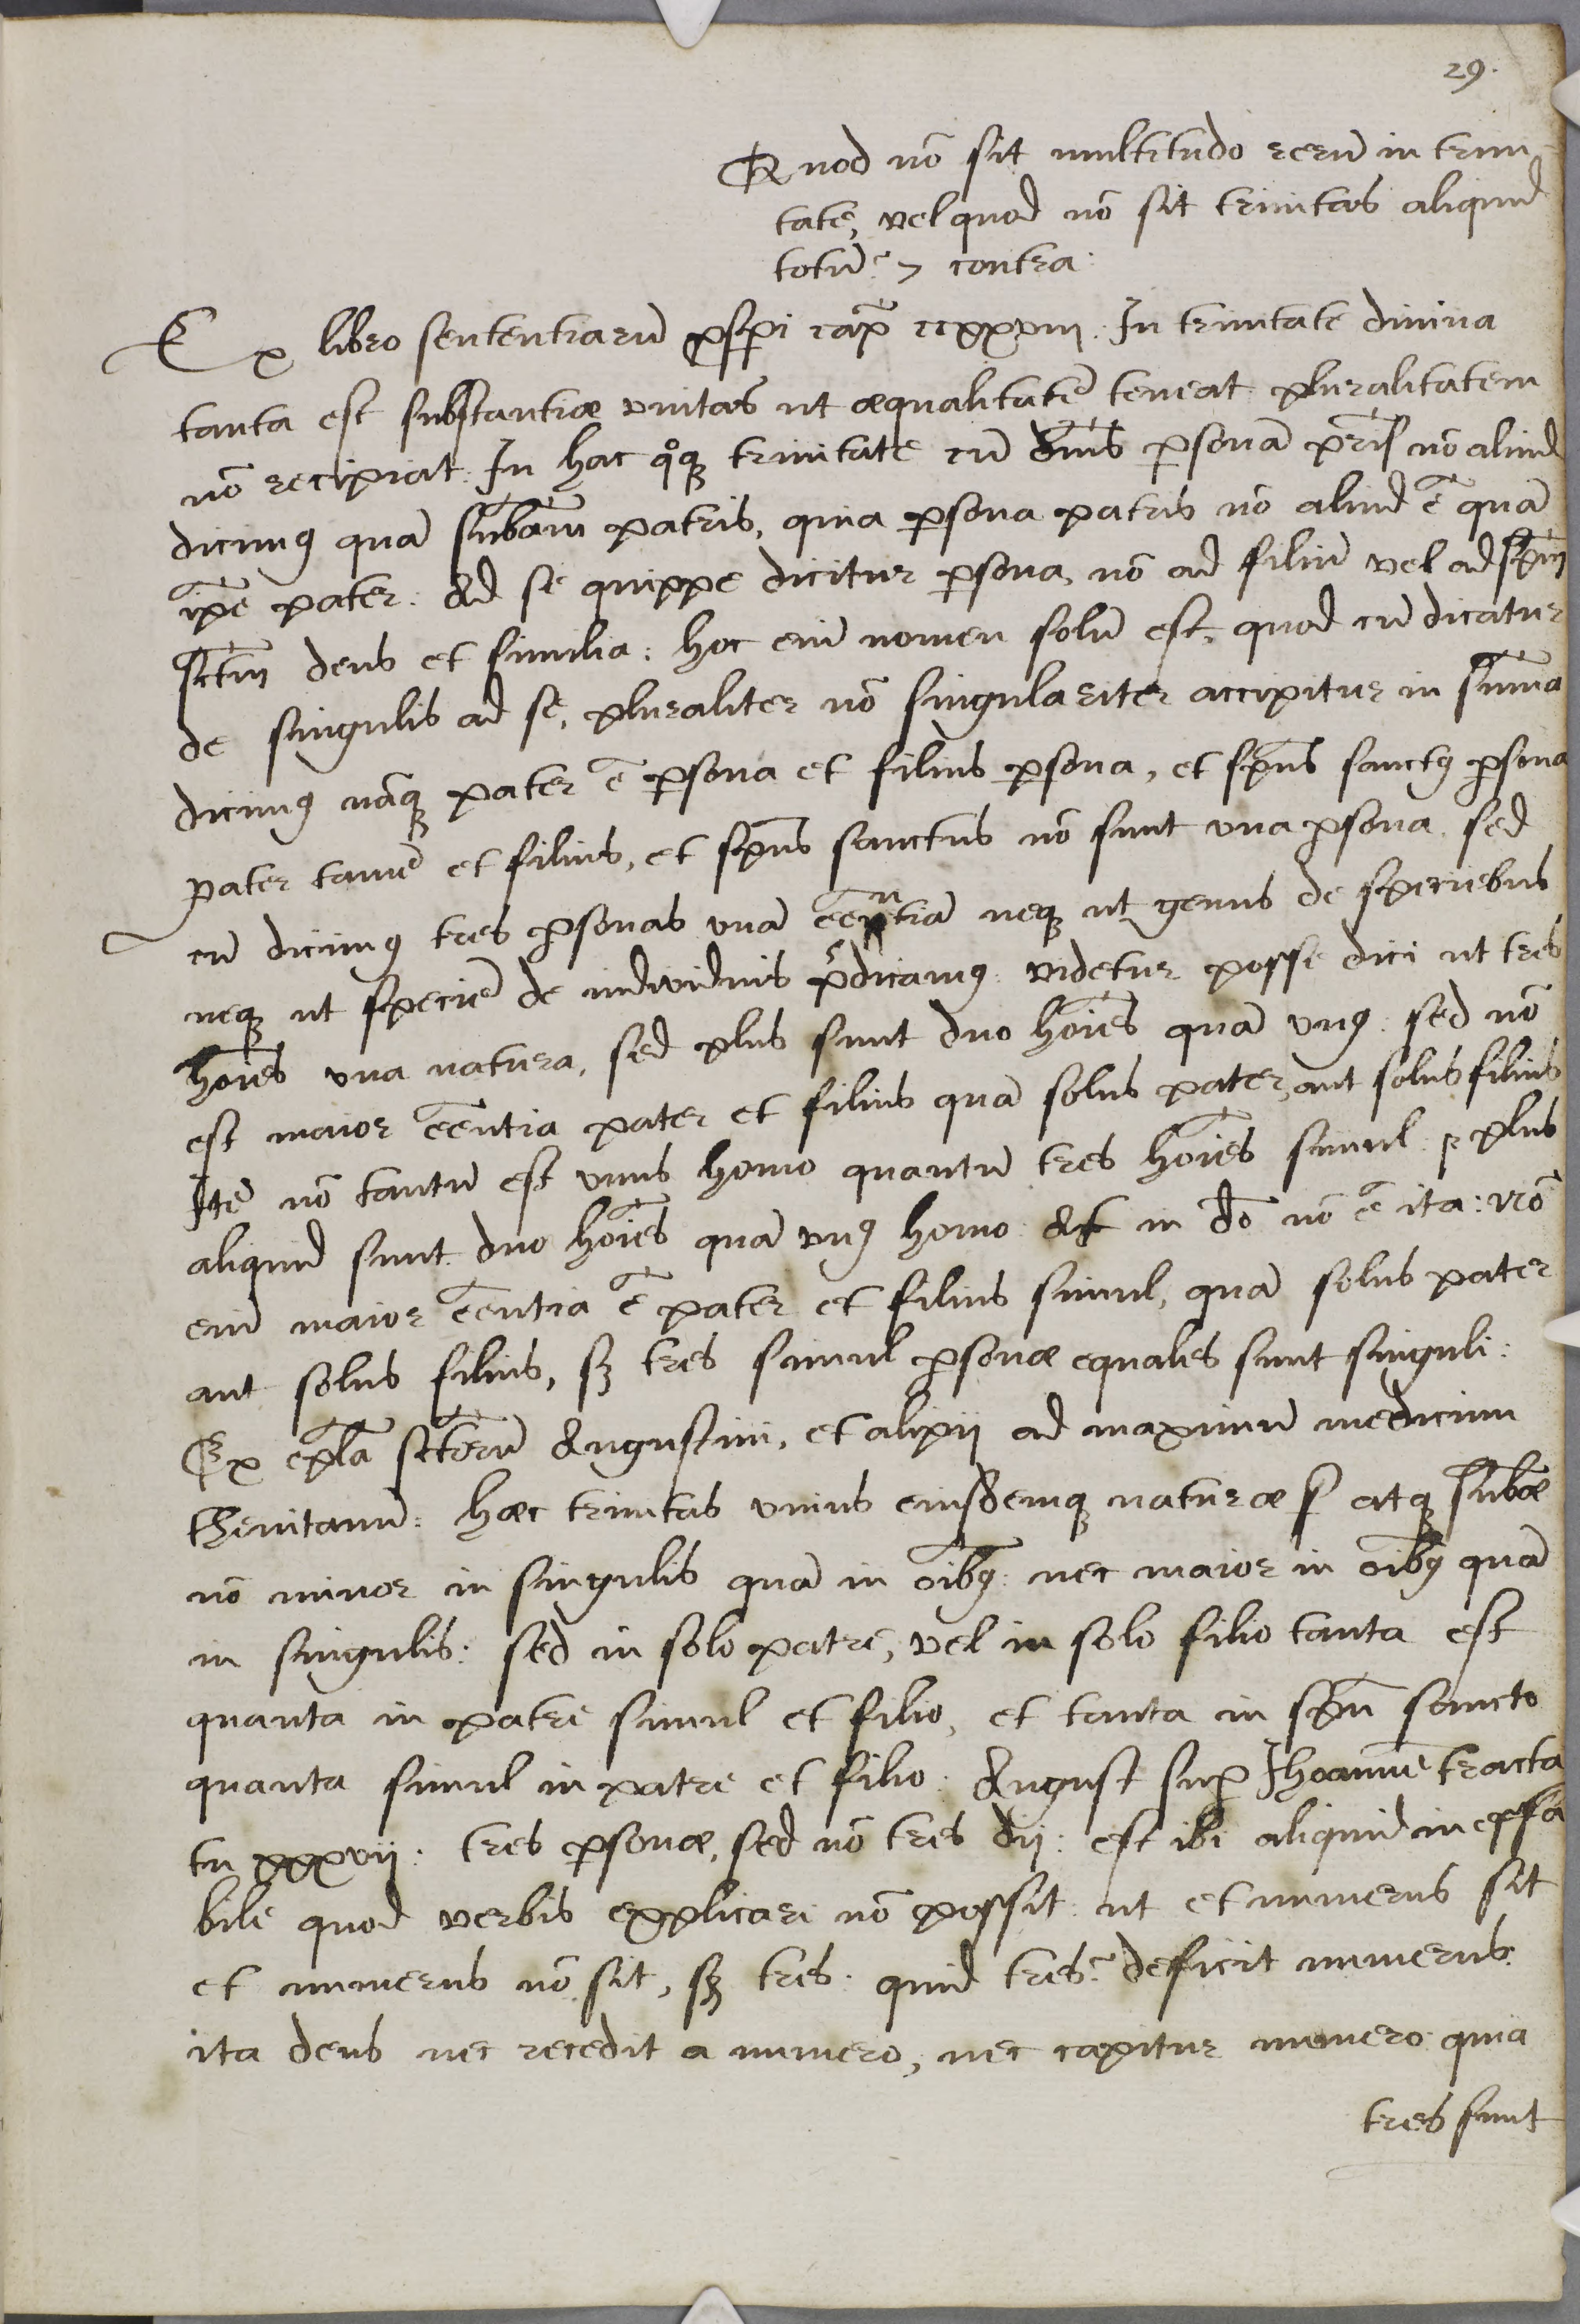
Shelfmark: Cambridge, Corpus Christi College, MS 165
Century: 16